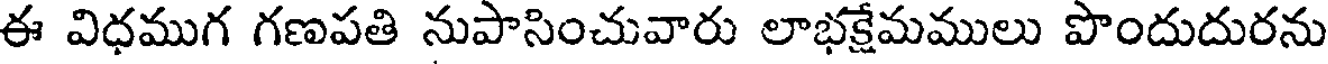
ఈ విధముగ గణపతి నుపాసించువారు లాభక్షేమములు పొందుదురను